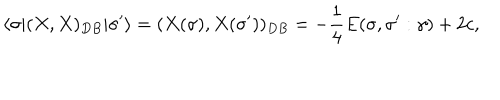
LaTeX: \langle \sigma | ( X , X ) _ { D B } | \sigma ^ { \prime } \rangle = ( X ( \sigma ) , X ( \sigma ^ { \prime } ) ) _ { D B } = - \frac { 1 } { 4 } E ( \sigma , \sigma ^ { \prime } : \gamma ) + 2 c ,